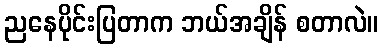
ညနေပိုင်းပြတာက ဘယ်အချိန် စတာလဲ။